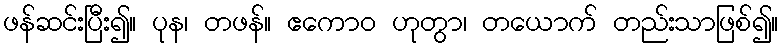
ဖန်ဆင်းပြီး၍။ ပုန၊ တဖန်။ ဧကောဝ ဟုတွာ၊ တယောက် တည်းသာဖြစ်၍။